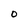
Character: o